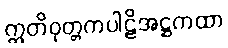
ဣတိဝုတ္တကပါဠိအဋ္ဌကထာ